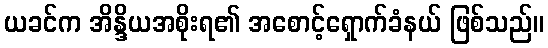
ယခင်က အိန္ဒိယအစိုးရ၏ အစောင့်ရှောက်ခံနယ် ဖြစ်သည်။